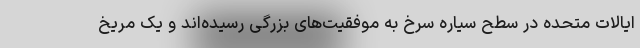
ایالات متحده در سطح سیاره سرخ به موفقیت‌های بزرگی رسیده‌اند و یک مریخ